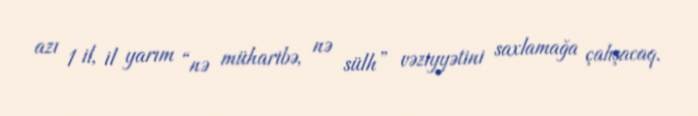
azı 1 il, il yarım “nə müharibə, nə sülh” vəziyyətini saxlamağa çalışacaq.